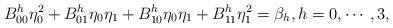
LaTeX: \begin{align*}B^h_{00}\eta_0^2+B^h_{01}\eta_0\eta_1+B^h_{10}\eta_0\eta_1+B^h_{11}\eta_1^2=\beta_h, h=0,\cdots,3,\end{align*}